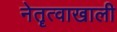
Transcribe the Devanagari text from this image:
नेतॄत्वाखाली